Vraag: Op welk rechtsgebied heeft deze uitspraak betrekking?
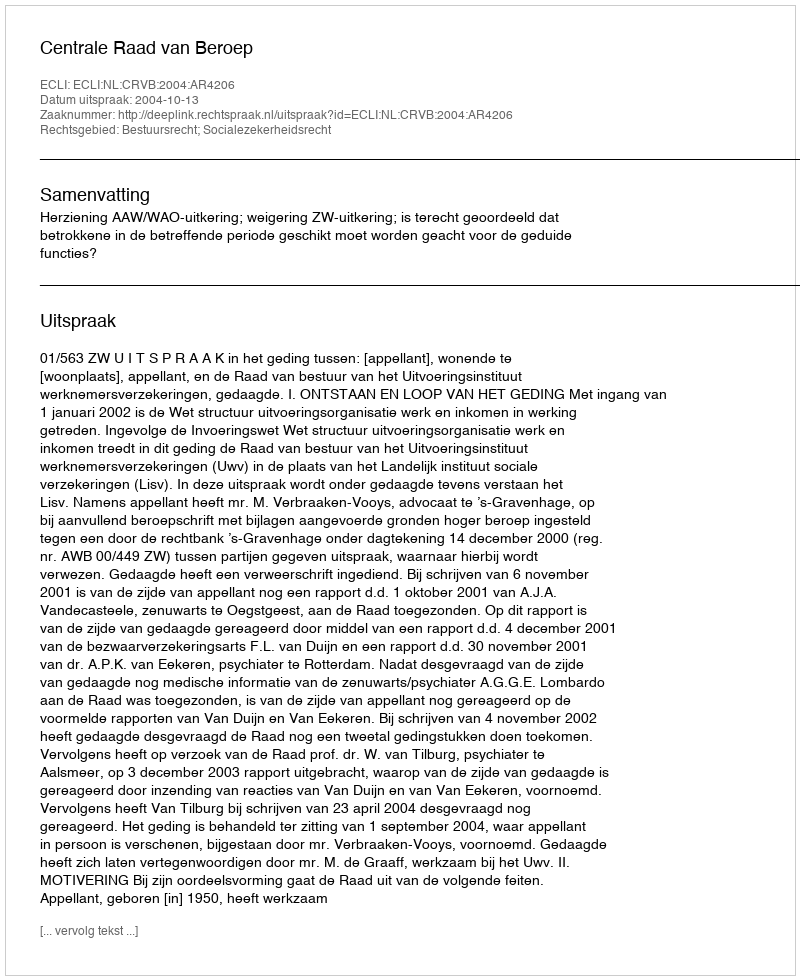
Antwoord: Bestuursrecht; Socialezekerheidsrecht